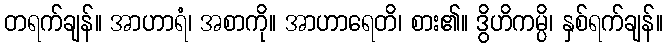
တရက်ချန်။ အာဟာရံ၊ အစာကို။ အာဟာရေတိ၊ စား၏။ ဒွိဟိကမ္ပိ၊ နှစ်ရက်ချန်။